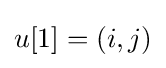
u[1]=(i,j)